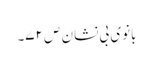
بانوی بی نشان ص ۷۲۔